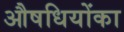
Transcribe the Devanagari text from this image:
औषधियोंका